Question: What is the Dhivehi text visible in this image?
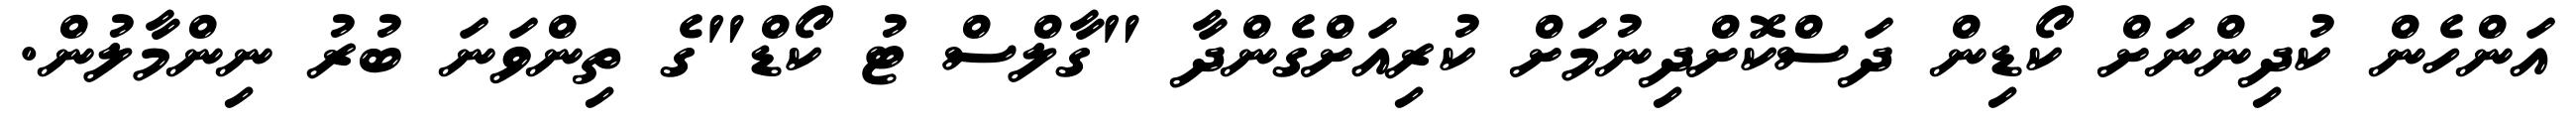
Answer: އަންހެން ކުދިންނަށް ކޯޑިން ދަސްކޮށްދިނުމަށް ކުރިއަށްގެންދާ "ގާލްސް ޓު ކޯޑް"ގެ ތިންވަނަ ބުރު ނިންމާލުން.